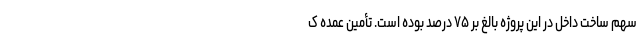
سهم ساخت داخل در این پروژه بالغ بر ۷۵ درصد بوده است. تأمین عمده ک